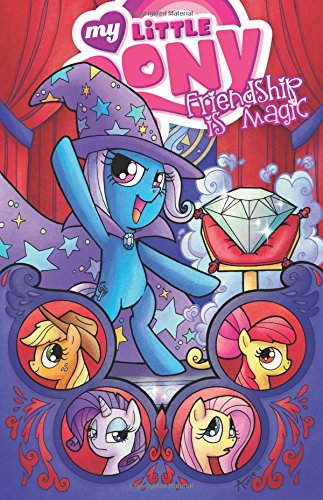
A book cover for My Little Pony: Friendship is Magic Volume 6; Ted Anderson; Children's Books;